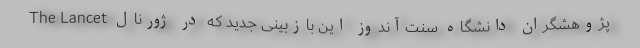
پژوهشگران دانشگاه سنت‌آندوز این بازبینی جدید که در ژورنال The Lancet